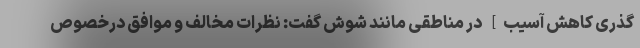
گذری كاهش آسیب] در مناطقی مانند شوش گفت: نظرات مخالف و موافق درخصوص